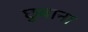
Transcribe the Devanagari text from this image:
छुवाना